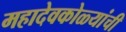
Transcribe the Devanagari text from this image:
महादेवकोळ्यांची